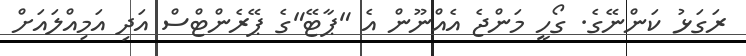
ރަގަޅު ކަންނޭގެ. ގޯހީ މަންޖެ އެއްނޫން އެ "ޕާޓޭ"ގެ ޕޭރެންޓްސް އަދި އަމިއްލައަށް